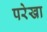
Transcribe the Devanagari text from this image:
परेखा